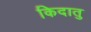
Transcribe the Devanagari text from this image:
किदातु